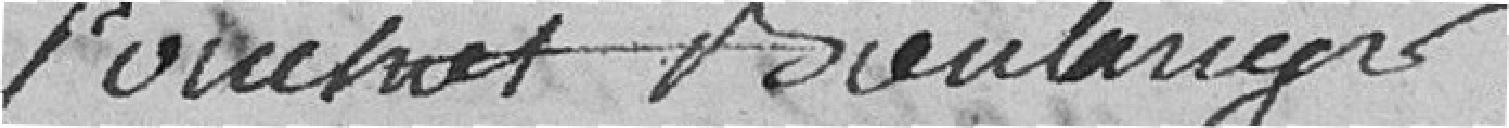
Pouchet Boulanger